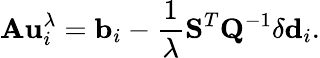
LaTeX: \mathbf{A}\mathbf{u}_{i}^{\lambda}=\mathbf{b}_{i}-\frac{1}{\lambda}\mathbf{S}^{T}\mathbf{Q}^{-1}\delta\mathbf{d}_{i}.